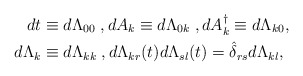
\begin{align*}dt & \equiv d\Lambda_{00} \; , dA_k \equiv d\Lambda_{0k} \; , dA^{\dagger}_k \equiv d\Lambda_{k0}, \\d\Lambda_{k} & \equiv d\Lambda_{kk} \; , d\Lambda_{kr}(t)d\Lambda_{sl}(t) = \hat{\delta}_{rs}d\Lambda_{kl},\end{align*}